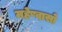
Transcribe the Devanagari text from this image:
महेष्वासो